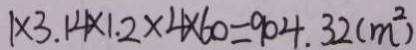
1 \times 3 . 1 4 \times 1 . 2 \times 4 \times 6 0 = 9 0 4 . 3 2 ( m ^ { 2 } )